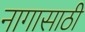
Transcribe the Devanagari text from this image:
नागासाठी